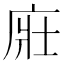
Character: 𢈜